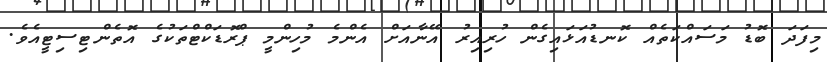
މިފަދަ ބޮޑު މަސައްކަތެއް ކޮނޑުއަޅައިގެން ހުރިއިރު އޭނާއަށް އެންމެ މުހިންމީ ޕްރޮޑަކްޓްްތަކުގެ އޮތެންޓިސިޓީއެވެ.